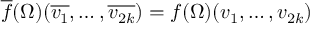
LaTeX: { \overline { { f } } } ( \Omega ) ( { \overline { { v _ { 1 } } } } , \dots , { \overline { { v _ { 2 k } } } } ) = f ( \Omega ) ( v _ { 1 } , \dots , v _ { 2 k } )